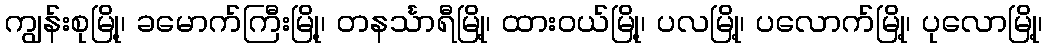
ကျွန်းစုမြို့၊ ခမောက်ကြီးမြို့၊ တနင်္သာရီမြို့၊ ထားဝယ်မြို့၊ ပလမြို့၊ ပလောက်မြို့၊ ပုလောမြို့၊